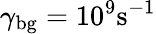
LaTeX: \gamma_{\mathrm{bg}}=10^{9}\mathrm{s^{-1}}